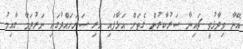
އޭނާ ވިދާޅުވީ ޗައިނާ ސަރުކާރުން ގެތަށް އަޅާފައި ހުރި ސަރަހައްދުގައި ނަރުދަމާ ގާއިމު